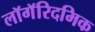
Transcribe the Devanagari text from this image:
लॉगॅरिदमिक